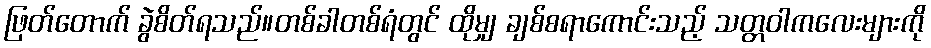
ဖြတ်တောက် ခွဲစိတ်ရသည်။တစ်ခါတစ်ရံတွင် ထိုမျှ ချစ်စရာကောင်းသည့် သတ္တဝါကလေးများကို